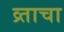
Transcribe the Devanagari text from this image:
व्र्ताचा